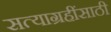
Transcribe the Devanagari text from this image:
सत्याग्रहींसाठी